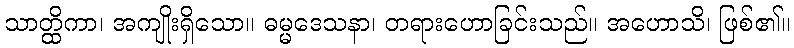
သာတ္ထိကာ၊ အကျိုးရှိသော။ ဓမ္မဒေသနာ၊ တရားဟောခြင်းသည်။ အဟောသိ၊ ဖြစ်၏။